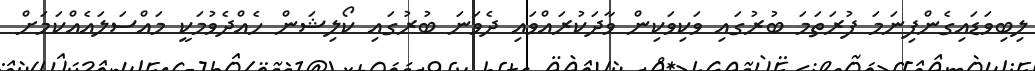
ލިބިވަޑައިގެންފިނަމަ ފުރަތަމަ ބުރުގައި ވަކިވަކިން ވާދަކުރައްވައި ދެވަނަ ބުރުގައި ކޯލިޝަން ހެއްދެވުމަކީ މައްސަލައެއްކަމަށް